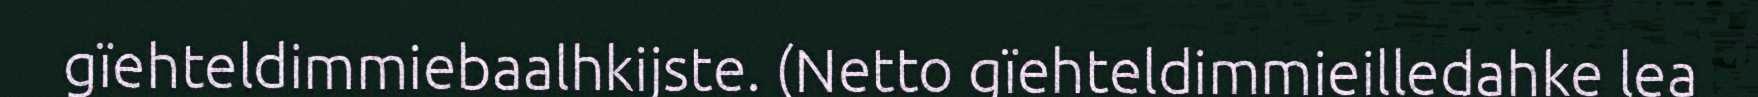
gïehteldimmiebaalhkijste. (Netto gïehteldimmieilledahke lea